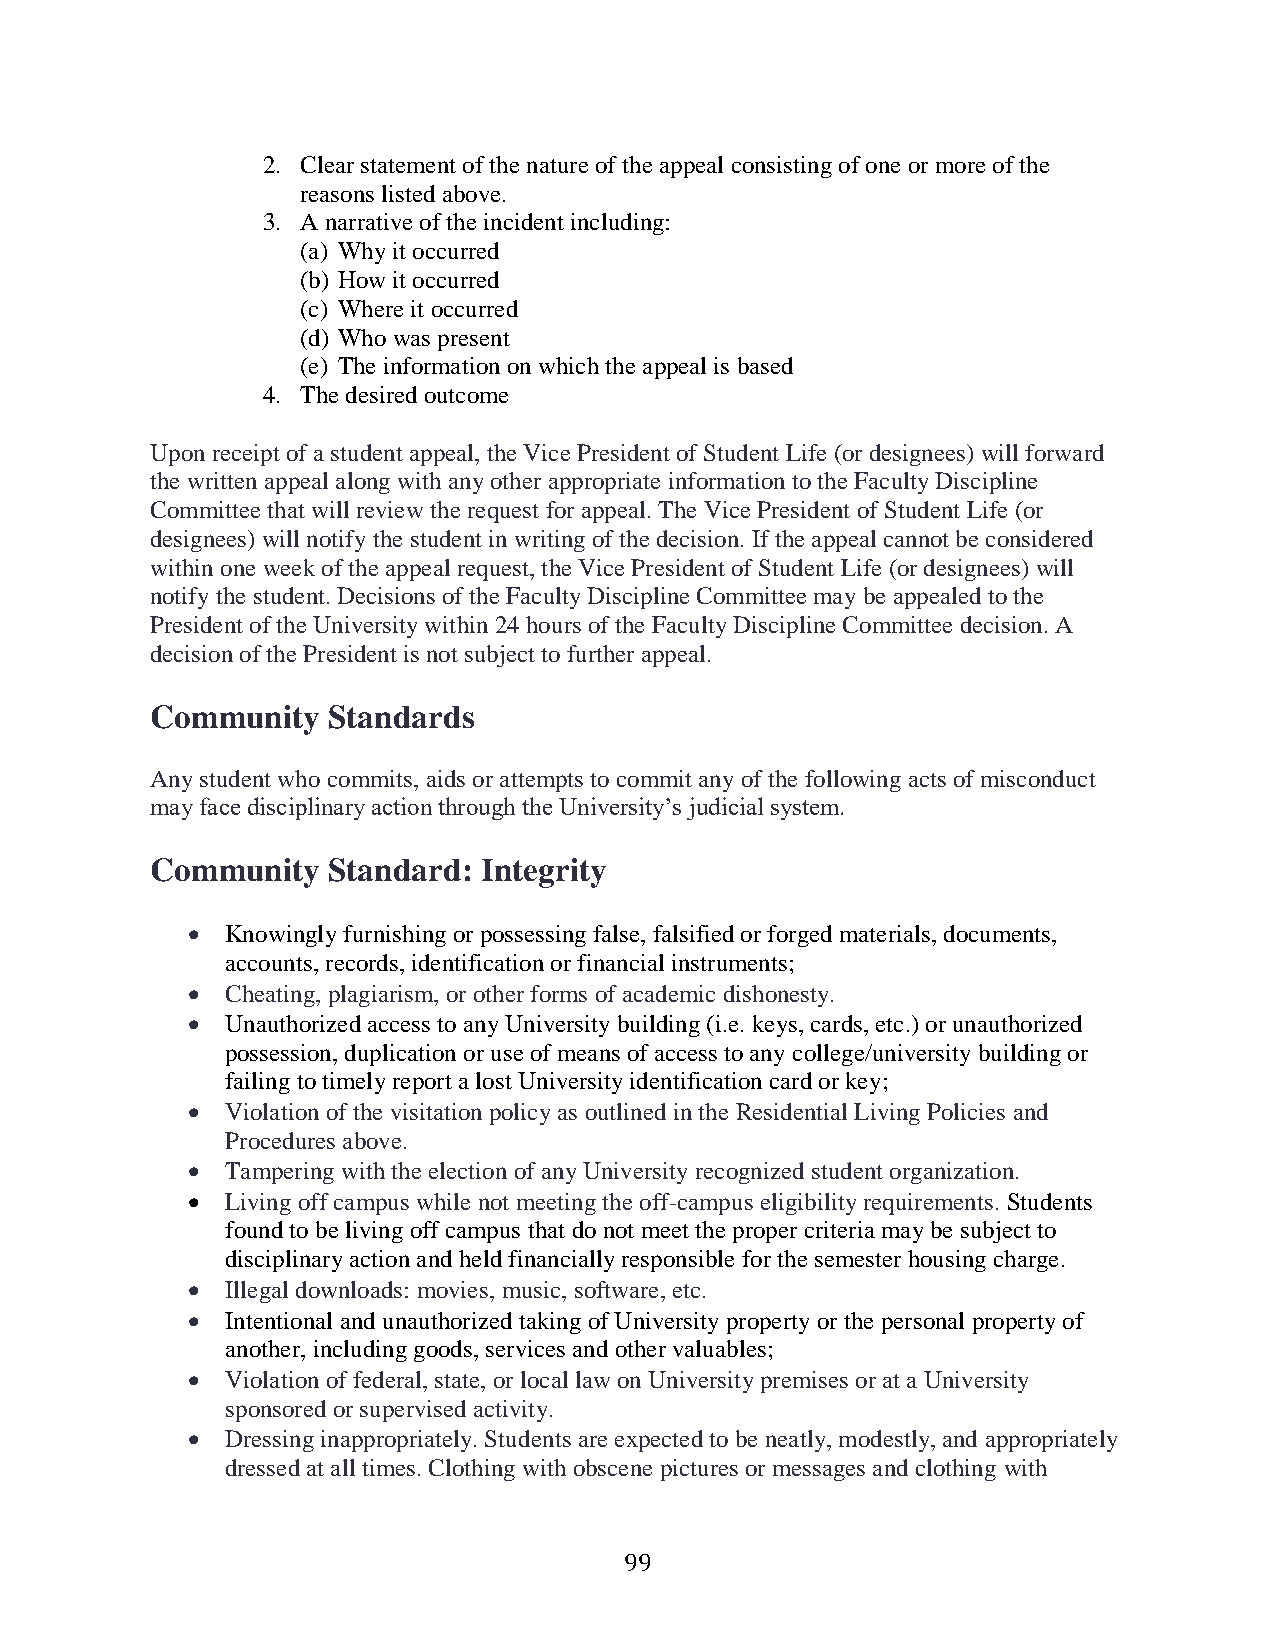
2. Clear statement of the nature of the appeal consisting of one or more of the
 reasons listed above.
 3. A narrative of the incident including:
 (a) Why it occurred
 (b) How it occurred
 (c) Where it occurred
 (d) Who was present
 (e) The information on which the appeal is based
 4. The desired outcome
 Upon receipt of a student appeal, the Vice President of Student Life (or designees) will forward
 the written appeal along with any other appropriate information to the Faculty Discipline
 Committee that will review the request for appeal. The Vice President of Student Life (or
 designees) will notify the student in writing of the decision. If the appeal cannot be considered
 within one week of the appeal request, the Vice President of Student Life (or designees) will
 notify the student. Decisions of the Faculty Discipline Committee may be appealed to the
 President of the University within 24 hours of the Faculty Discipline Committee decision. A
 decision of the President is not subject to further appeal.
 Community   Standards
 Any student who commits, aids or attempts to commit any of the following acts of misconduct
 may face disciplinary action through the University’s judicial system.
 Community   Standard: Integrity
   Knowingly furnishing or possessing false, falsified or forged materials, documents,
 accounts, records, identification or financial instruments;
   Cheating, plagiarism, or other forms of academic dishonesty.
   Unauthorized access to any University building (i.e. keys, cards, etc.) or unauthorized
 possession, duplication or use of means of access to any college/university building or
 failing to timely report a lost University identification card or key;
   Violation of the visitation policy as outlined in the Residential Living Policies and
 Procedures above.
   Tampering with the election of any University recognized student organization.
   Living off campus while not meeting the off-campus eligibility requirements. Students
 found to be living off campus that do not meet the proper criteria may be subject to
 disciplinary action and held financially responsible for the semester housing charge.
   Illegal downloads: movies, music, software, etc.
   Intentional and unauthorized taking of University property or the personal property of
 another, including goods, services and other valuables;
   Violation of federal, state, or local law on University premises or at a University
 sponsored or supervised activity.
   Dressing inappropriately. Students are expected to be neatly, modestly, and appropriately
 dressed at all times. Clothing with obscene pictures or messages and clothing with
 99